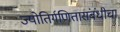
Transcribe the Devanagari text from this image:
ज्योतिर्गणितासंबंधीचा